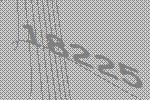
18225